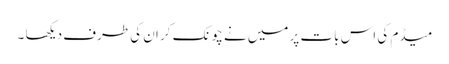
میڈم کی اس بات پر میں نے چونک کر ان کی طرف دیکھا ۔